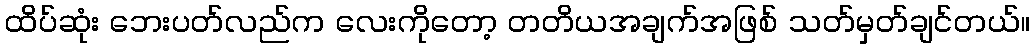
ထိပ်ဆုံး ဘေးပတ်လည်က လေးကိုတော့ တတိယအချက်အဖြစ် သတ်မှတ်ချင်တယ်။